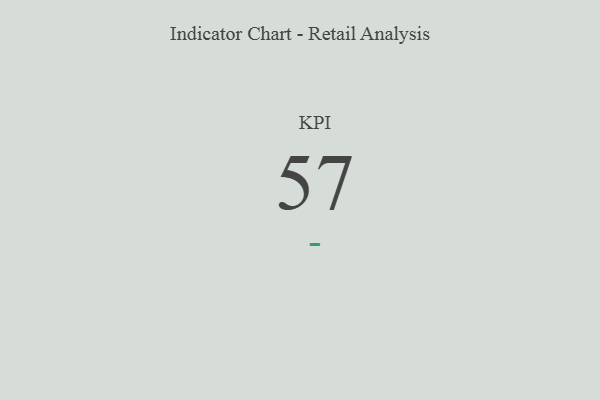
{"axis": {"x": "KPI", "y": "Value"}, "legend": [""], "data": [{"x": "KPI", "y": 57, "type": ""}]}